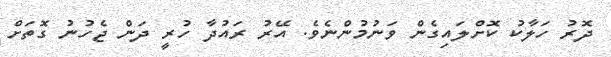
ދޮރު ހަލާކު ކޮށްލައިގެން ވަނުމުންނެވެ. އޭރު ރައުދާ ހުރީ ދަން ޖެހުނު ގޮތަށް